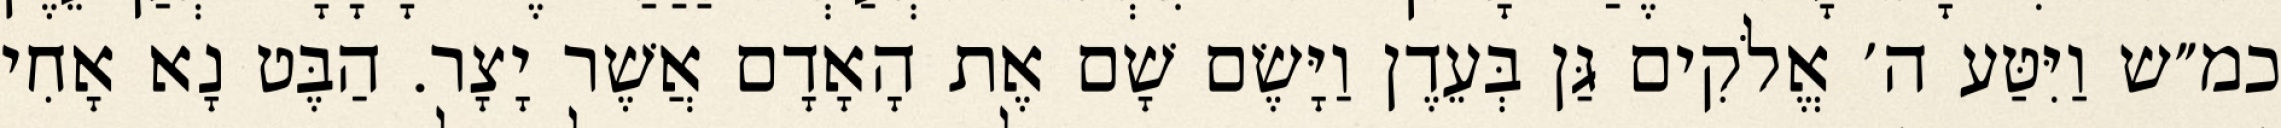
כמ״ש וַיִּטַּע ה׳ אֱלֹקִים גַּן בְּעֵדֶן וַיָּשֶׂם שָׁם אֶת הָאָדָם אֲשֶׁר יָצָר. הַבֶּט נָא אָחִי